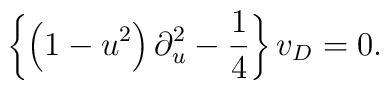
\left\{\left(1-u^2\right)\partial_u^2-\frac{1}{4}\right\}v_D=0.